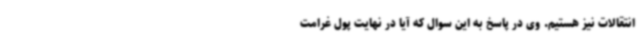
انتقالات نیز هستیم. وی در پاسخ به این سوال که آیا در نهایت پول غرامت